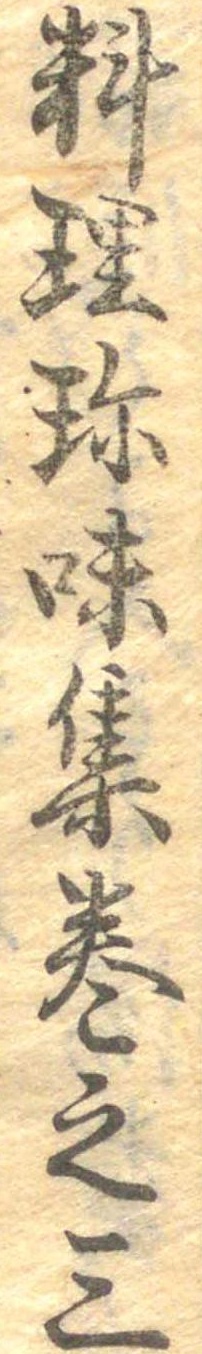
料理珍味集巻之三